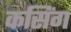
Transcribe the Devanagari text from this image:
कसिंग